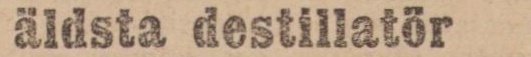
äldsta destillatör